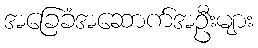
အခြေခံအဆောက်အဦးများ